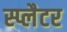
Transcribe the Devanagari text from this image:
स्प्लैटर